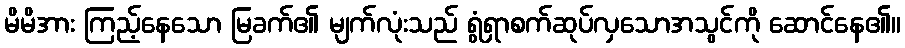
မိမိအား ကြည့်နေသော မြခက်၏ မျက်လုံးသည် ရွံရှာစက်ဆုပ်လှသောအသွင်ကို ဆောင်နေ၏။